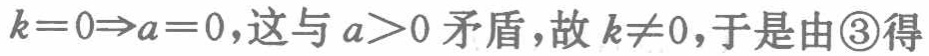
$k = 0\Rightarrow a = 0\text{，这与}a > 0\text{矛盾，故}k\neq 0\text{，于是由\textcircled{3}得}$